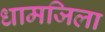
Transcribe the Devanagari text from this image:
धामजिला